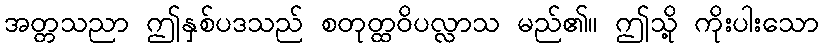
အတ္တသညာ ဤနှစ်ပဒသည် စတုတ္ထဝိပလ္လာသ မည်၏။ ဤသို့ ကိုးပါးသော